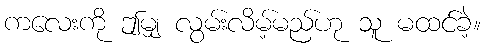
ကလေးကို ဤမျှ လွမ်းလိမ့်မည်ဟု သူ မထင်ခဲ့။